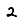
Digit: 2